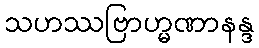
သဟဿဗြာဟ္မဏာနန္ဒ